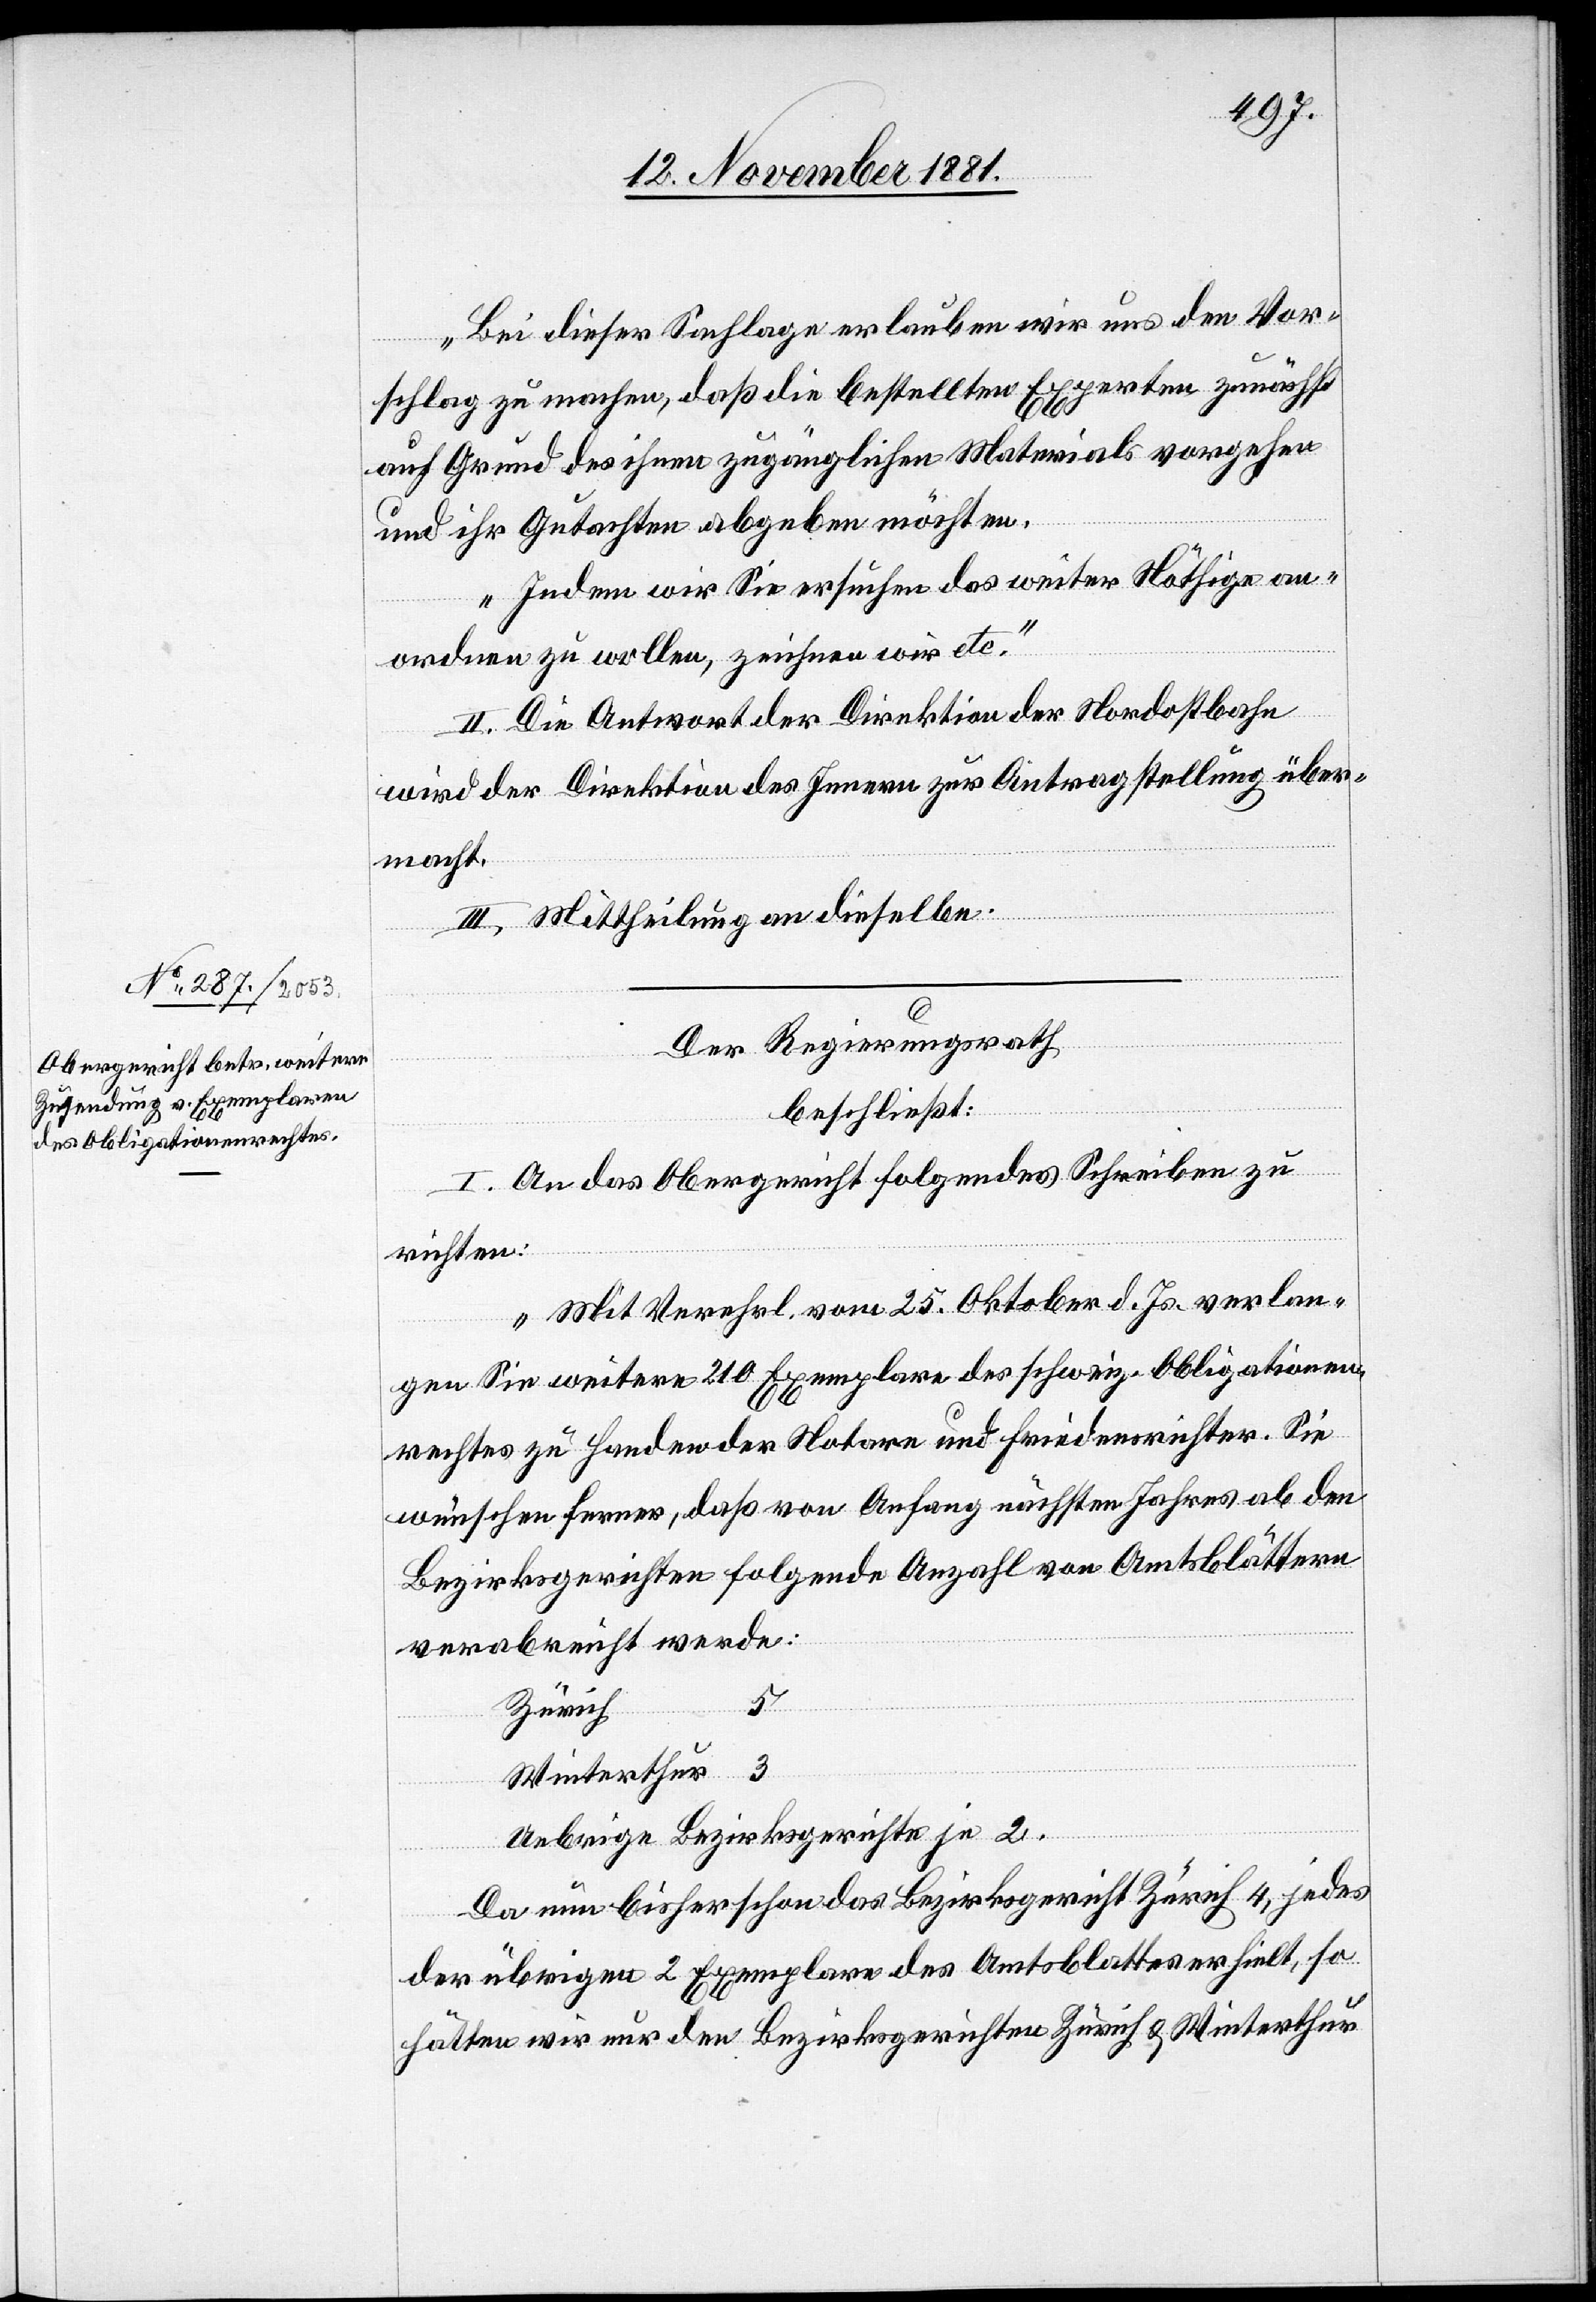
Bei dieser Sachlage erlauben wir uns den Vor¬
schlag zu machen, daß die bestellten Experten zunächst
auf Grund des ihnen zugänglichen Materials vorgehen
und ihr Gutachten abgeben möchten.
Indem wir Sie ersuchen das weiter Nötige an¬
ordnen zu wollen, zeichnen wir etc.“
II. Die Antwort der Direktion der Nordostbahn
wird der Direktion des Innern zur Antragstellung über¬
macht.
III. Mittheilung an dieselbe.
Der Regierungsrath,
beschließt:
I. An das Obergericht folgendes Schreiben zu
richten:
„Mit Verehrl. vom 25. Oktober d. Js. verlan¬
gen Sie weitere 210 Exemplare des schweiz. Obligationen¬
rechtes zu Handen der Notare und Friedensrichter. Sie
wünschen ferner, daß von Anfang nächsten Jahres ab dem
Bezirksgerichte folgende Anzahl von Amtsblättern
verabreicht werden:
Zürich
Winterthur 3
Uebrige Bezirksgerichte je 2.
Da nun bisher schon das Bezirksgericht Zürich 4, jedes
der übrigen 2 Exemplare des Amtsblattes erhielt, so
hätten wir nur den Bezirksgerichten Zürich & Winterthur